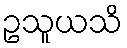
ဥသူယသိ